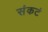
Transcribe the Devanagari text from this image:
संकटं